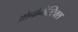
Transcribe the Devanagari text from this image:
ओनोमैस्टिक्स